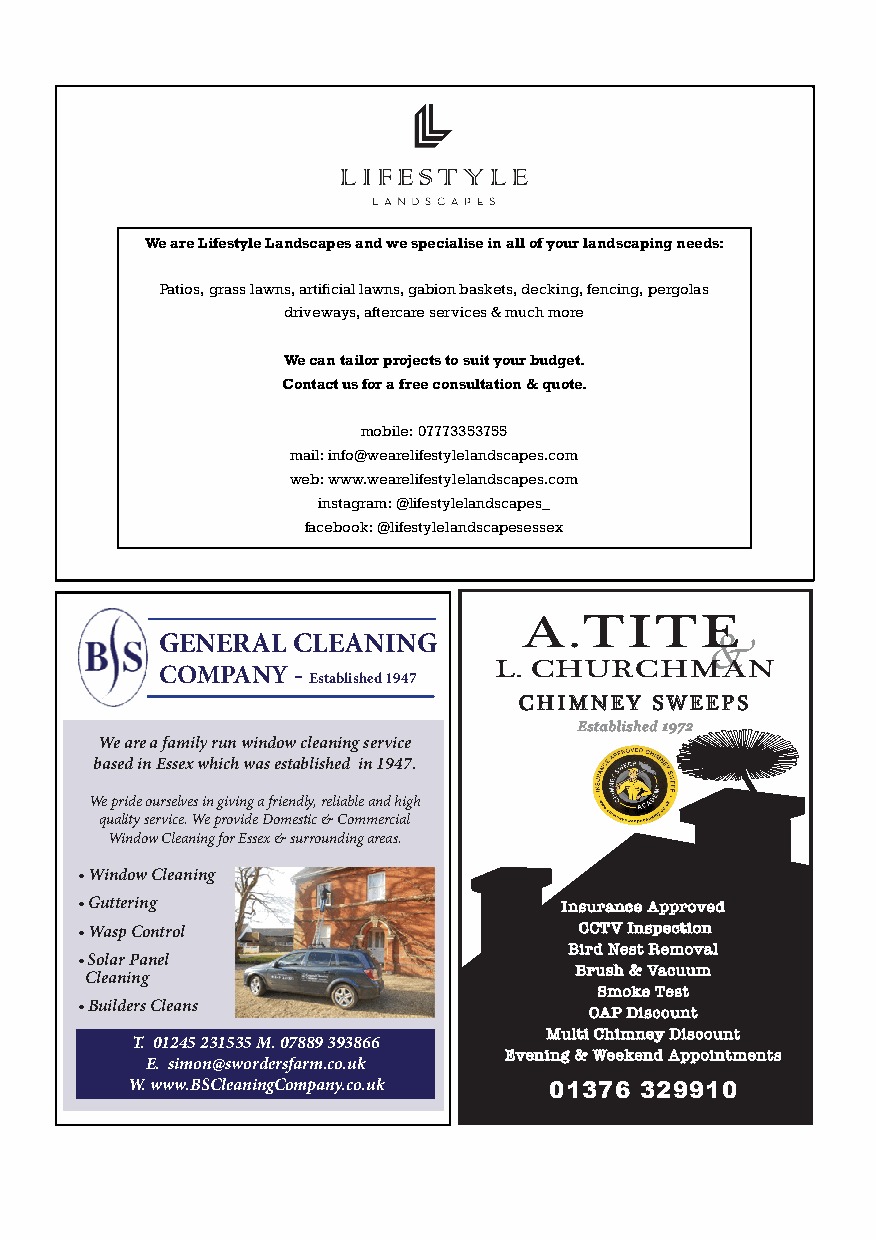
We are Lifestyle Landscapes and we specialise in all of your landscaping needs:
 Patios, grass lawns, artificial lawns, gabion baskets, decking, fencing, pergolas
 driveways, aftercare services & much more
 We can tailor projects to suit your budget.
 Contact us for a free consultation & quote.
 mobile: 07773353755
 mail: info@wearelifestylelandscapes.com
 web: www.wearelifestylelandscapes.com
 instagram: @lifestylelandscapes_
 facebook: @lifestylelandscapesessex
 A.TITE
 GENERAL CLEANING
 &
 L. CHURCHMAN
 COMPANY -
 Established 1947
 CHIMNEY  SWEEPS
 Established 1972
 We are a family run window cBlueraninngi snoglid s fueerlsv ciacne g ive off
 harmful emissions including
 based in Essex which was establicsahrbeond m oinno x1id9e,4 if7 y.our
 chimney is not swept regularly
 We pride ourselves in giving a friendly, reliable and high
 quality service. We provide Domestic & Commercial
 Window Cleaning for Essex & surrounding areas.
 • Window Cleaning
 • Guttering                     Insurance Approved
 • Wasp Control                   CCTV Inspection
 Bird Nest Removal
 • Solar Panel
 Brush & Vacuum
 Cleaning
 Smoke Test
 • Builders Cleans                 OAP Discount
 Multi Chimney Discount
 T. 01245 231535 M. 07889 393866
 Evening & Weekend Appointments
 E. simon@swordersfarm.co.uk
 W. www.BSCleaningCompany.co.uk 01376 329910